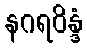
နဂရဝိန္ဒံ